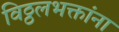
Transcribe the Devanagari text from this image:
विठ्ठलभक्तांना